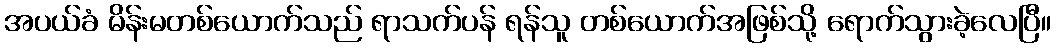
အပယ်ခံ မိန်းမတစ်ယောက်သည် ရာသက်ပန် ရန်သူ တစ်ယောက်အဖြစ်သို့ ရောက်သွားခဲ့လေပြီ။